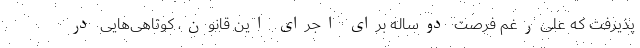
پذیرفت که علی‌رغم فرصت دوساله برای اجرای این قانون، کوتاهی‌هایی در